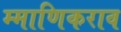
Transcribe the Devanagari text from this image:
म्माणिकराव